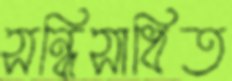
সন্ধিসাধিত